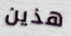
هذين